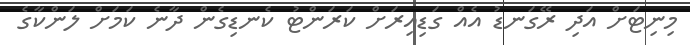
މިނިޓަށް އަދި ރޭގަނޑު އެއް ގަޑިއިރަށް ކަރަންޓު ކެނޑިގެން ދާނެ ކަމަށް ލަންކާގެ